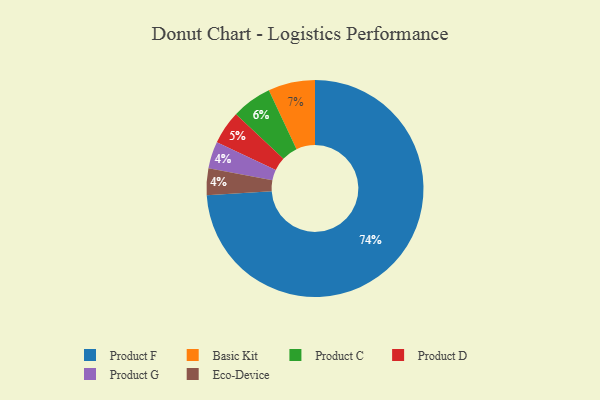
{"axis": {"x": "Category", "y": "Percentage"}, "legend": ["Basic Kit", "Eco-Device", "Product C", "Product D", "Product F", "Product G"], "data": [{"x": "Product F", "y": 74, "type": "Product F"}, {"x": "Product G", "y": 4, "type": "Product G"}, {"x": "Product D", "y": 5, "type": "Product D"}, {"x": "Eco-Device", "y": 4, "type": "Eco-Device"}, {"x": "Basic Kit", "y": 7, "type": "Basic Kit"}, {"x": "Product C", "y": 6, "type": "Product C"}]}